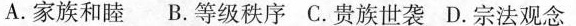
A.家族和睦 B.等级秩序 C.贵族世袭 D.宗法观念